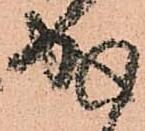
成